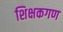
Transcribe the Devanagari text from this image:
शिक्षकगण